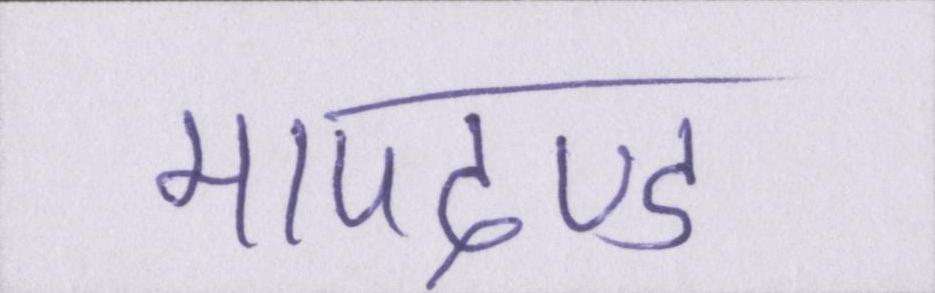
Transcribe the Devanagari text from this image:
मापदण्ड